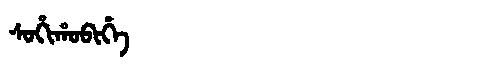
Manchu: ᠰᠣᡥᡳᡥᠣᠪᡳᡥᡝ
Romanization: SOHIHOBIHE